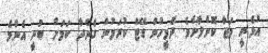
އުޅެނީ މަޖާ ކޮށްލާށެވެ. ދެމީހުން ޑޭޓް ކުރަމުން ގެންދާ ކަމަށް ބުނީ އެންމެ